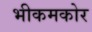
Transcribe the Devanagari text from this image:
भीकमकोर